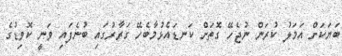
ބަޔަކަށް އަމަލު ކުރަން ނުޖެހޭ ގޮތަށް ކަނޑައެޅުމާބެހޭ ގަރާރުގައި ބުނެފައި ވަނީ ކޮވިޑުގެ